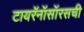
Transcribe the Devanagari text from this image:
टायरॅनॉसॉरसची